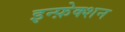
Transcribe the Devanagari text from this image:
इन्फ़ेक्शन